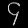
Digit: ၄